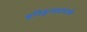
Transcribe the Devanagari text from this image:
इतिहासप्रमाणे